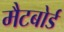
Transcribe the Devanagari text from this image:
मैटबोर्ड